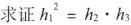
求证$$h_{1}^{2}=h_{2}\cdot h_{3}$$。